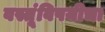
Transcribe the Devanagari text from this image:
वस्तूंविषयीचा